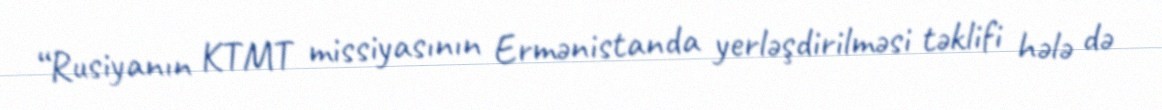
“Rusiyanın KTMT missiyasının Ermənistanda yerləşdirilməsi təklifi hələ də